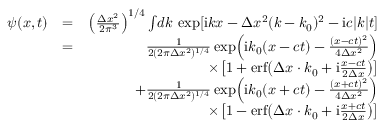
\begin{array} { r l r } { \psi ( x , t ) } & { = } & { \left( \frac { \Delta x ^ { 2 } } { 2 \pi ^ { 3 } } \right) ^ { 1 / 4 } \int \! d k \, \exp [ \mathrm { i } k x - \Delta x ^ { 2 } ( k - k _ { 0 } ) ^ { 2 } - \mathrm { i } c | k | t ] } \\ & { = } & { \frac { 1 } { 2 ( 2 \pi \Delta x ^ { 2 } ) ^ { 1 / 4 } } \exp \! \left( \mathrm { i } k _ { 0 } ( x - c t ) - \frac { ( x - c t ) ^ { 2 } } { 4 \Delta x ^ { 2 } } \right) } \\ & { } & { \times \left[ 1 + \mathrm { e r f } \! \left( \Delta x \cdot k _ { 0 } + \mathrm { i } \frac { x - c t } { 2 \Delta x } \right) \right] } \\ & { } & { + \frac { 1 } { 2 ( 2 \pi \Delta x ^ { 2 } ) ^ { 1 / 4 } } \exp \! \left( \mathrm { i } k _ { 0 } ( x + c t ) - \frac { ( x + c t ) ^ { 2 } } { 4 \Delta x ^ { 2 } } \right) } \\ & { } & { \times \left[ 1 - \mathrm { e r f } \! \left( \Delta x \cdot k _ { 0 } + \mathrm { i } \frac { x + c t } { 2 \Delta x } \right) \right] } \end{array}